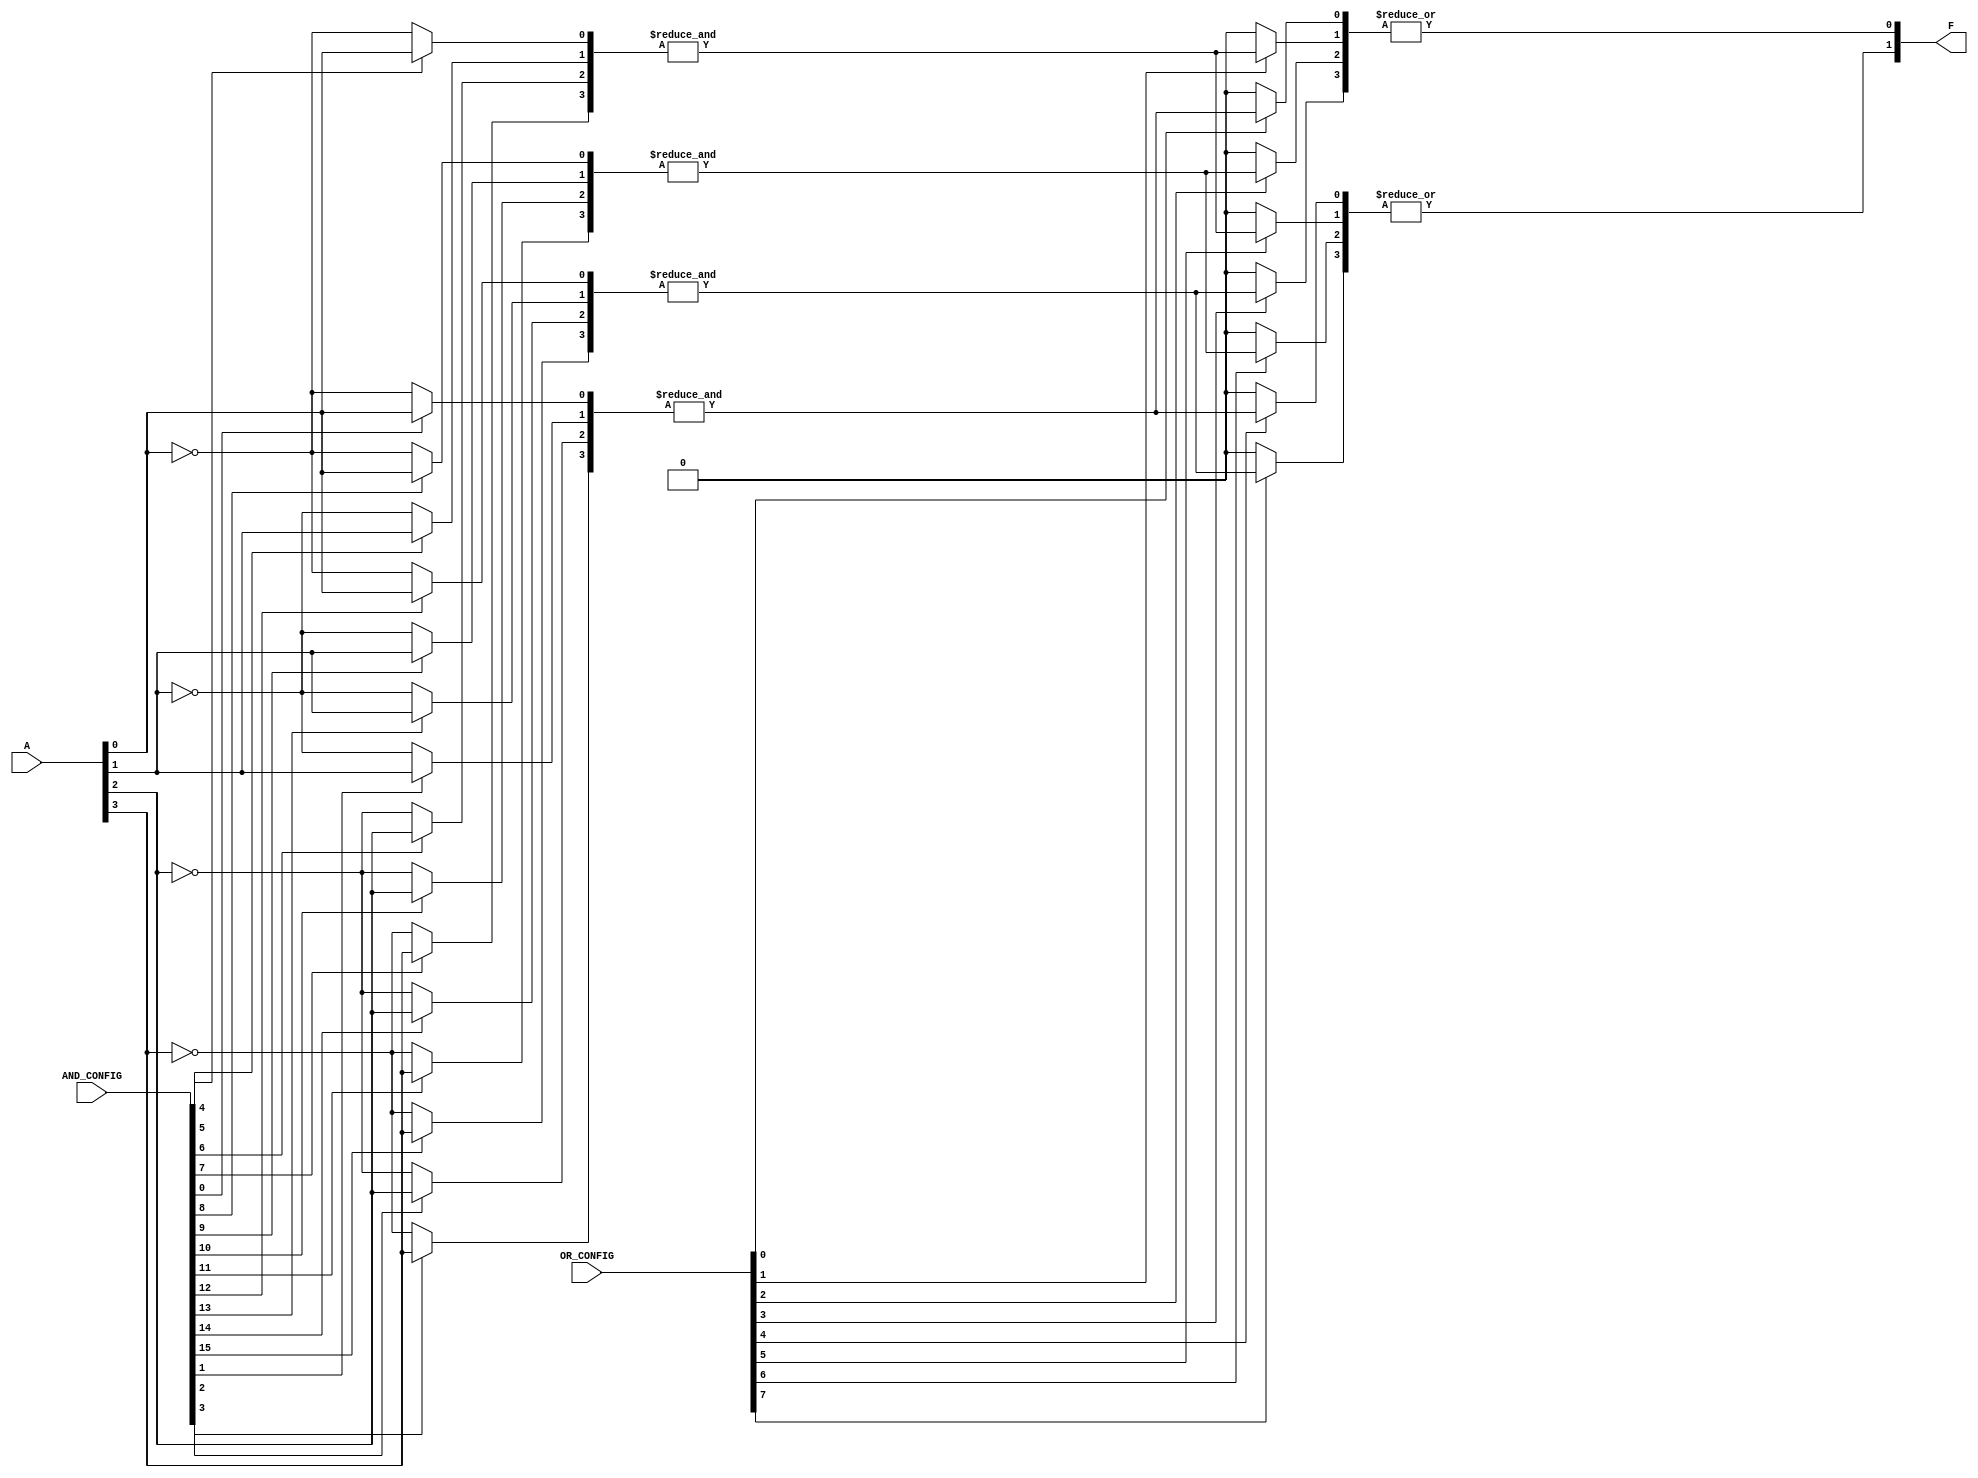
module PLA #(parameter N_INPUTS = 4, // Number of inputs A1, A2, ..., An
             parameter N_AND_GATES = 4, // Number of AND gates (product terms)
             parameter N_OUTPUTS = 2) // Number of outputs F1, F2, ..., Fk
(
    input [N_INPUTS-1:0] A, // Inputs: A[N_INPUTS-1:0]
    input [N_AND_GATES * N_INPUTS - 1:0] AND_CONFIG, // Programmable connections for AND gates
    input [N_OUTPUTS * N_AND_GATES - 1:0] OR_CONFIG, // Programmable connections for OR gates
    output [N_OUTPUTS-1:0] F // Outputs: F[N_OUTPUTS-1:0]
);

    // Wire declarations for product terms
    wire [N_AND_GATES-1:0] P; // Product terms from AND gates
    wire [N_AND_GATES-1:0] AND_inputs[N_AND_GATES-1:0]; // Inputs for each AND gate

    // AND array implementation
    genvar i, j;
    generate
        for (i = 0; i < N_AND_GATES; i = i + 1) begin : AND_ARRAY
            wire [N_INPUTS-1:0] and_input; // Inputs to each AND gate
            for (j = 0; j < N_INPUTS; j = j + 1) begin : AND_CONNECTIONS
                assign and_input[j] = (AND_CONFIG[i * N_INPUTS + j]) ? A[j] : ~A[j]; // Select input or complement
            end
            assign P[i] = &and_input; // AND operation for each product term
        end
    endgenerate

    // OR array implementation
    generate
        for (i = 0; i < N_OUTPUTS; i = i + 1) begin : OR_ARRAY
            wire [N_AND_GATES-1:0] or_input; // Inputs to each OR gate
            for (j = 0; j < N_AND_GATES; j = j + 1) begin : OR_CONNECTIONS
                assign or_input[j] = OR_CONFIG[i * N_AND_GATES + j] ? P[j] : 1'b0; // Select product term or ground
            end
            assign F[i] = |or_input; // OR operation for output function
        end
    endgenerate

endmodule